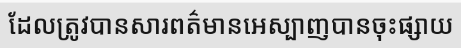
ដែលត្រូវបានសារពត៌មានអេស្បាញបានចុះផ្សាយ